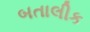
બતાલીક